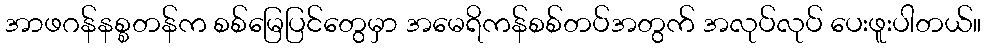
အာဖဂန်နစ္စတန်က စစ်မြေပြင်တွေမှာ အမေရိကန်စစ်တပ်အတွက် အလုပ်လုပ် ပေးဖူးပါတယ်။